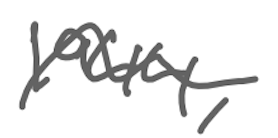
Text: 1944,
Cross-out: wave
Writing tool: digital_gray